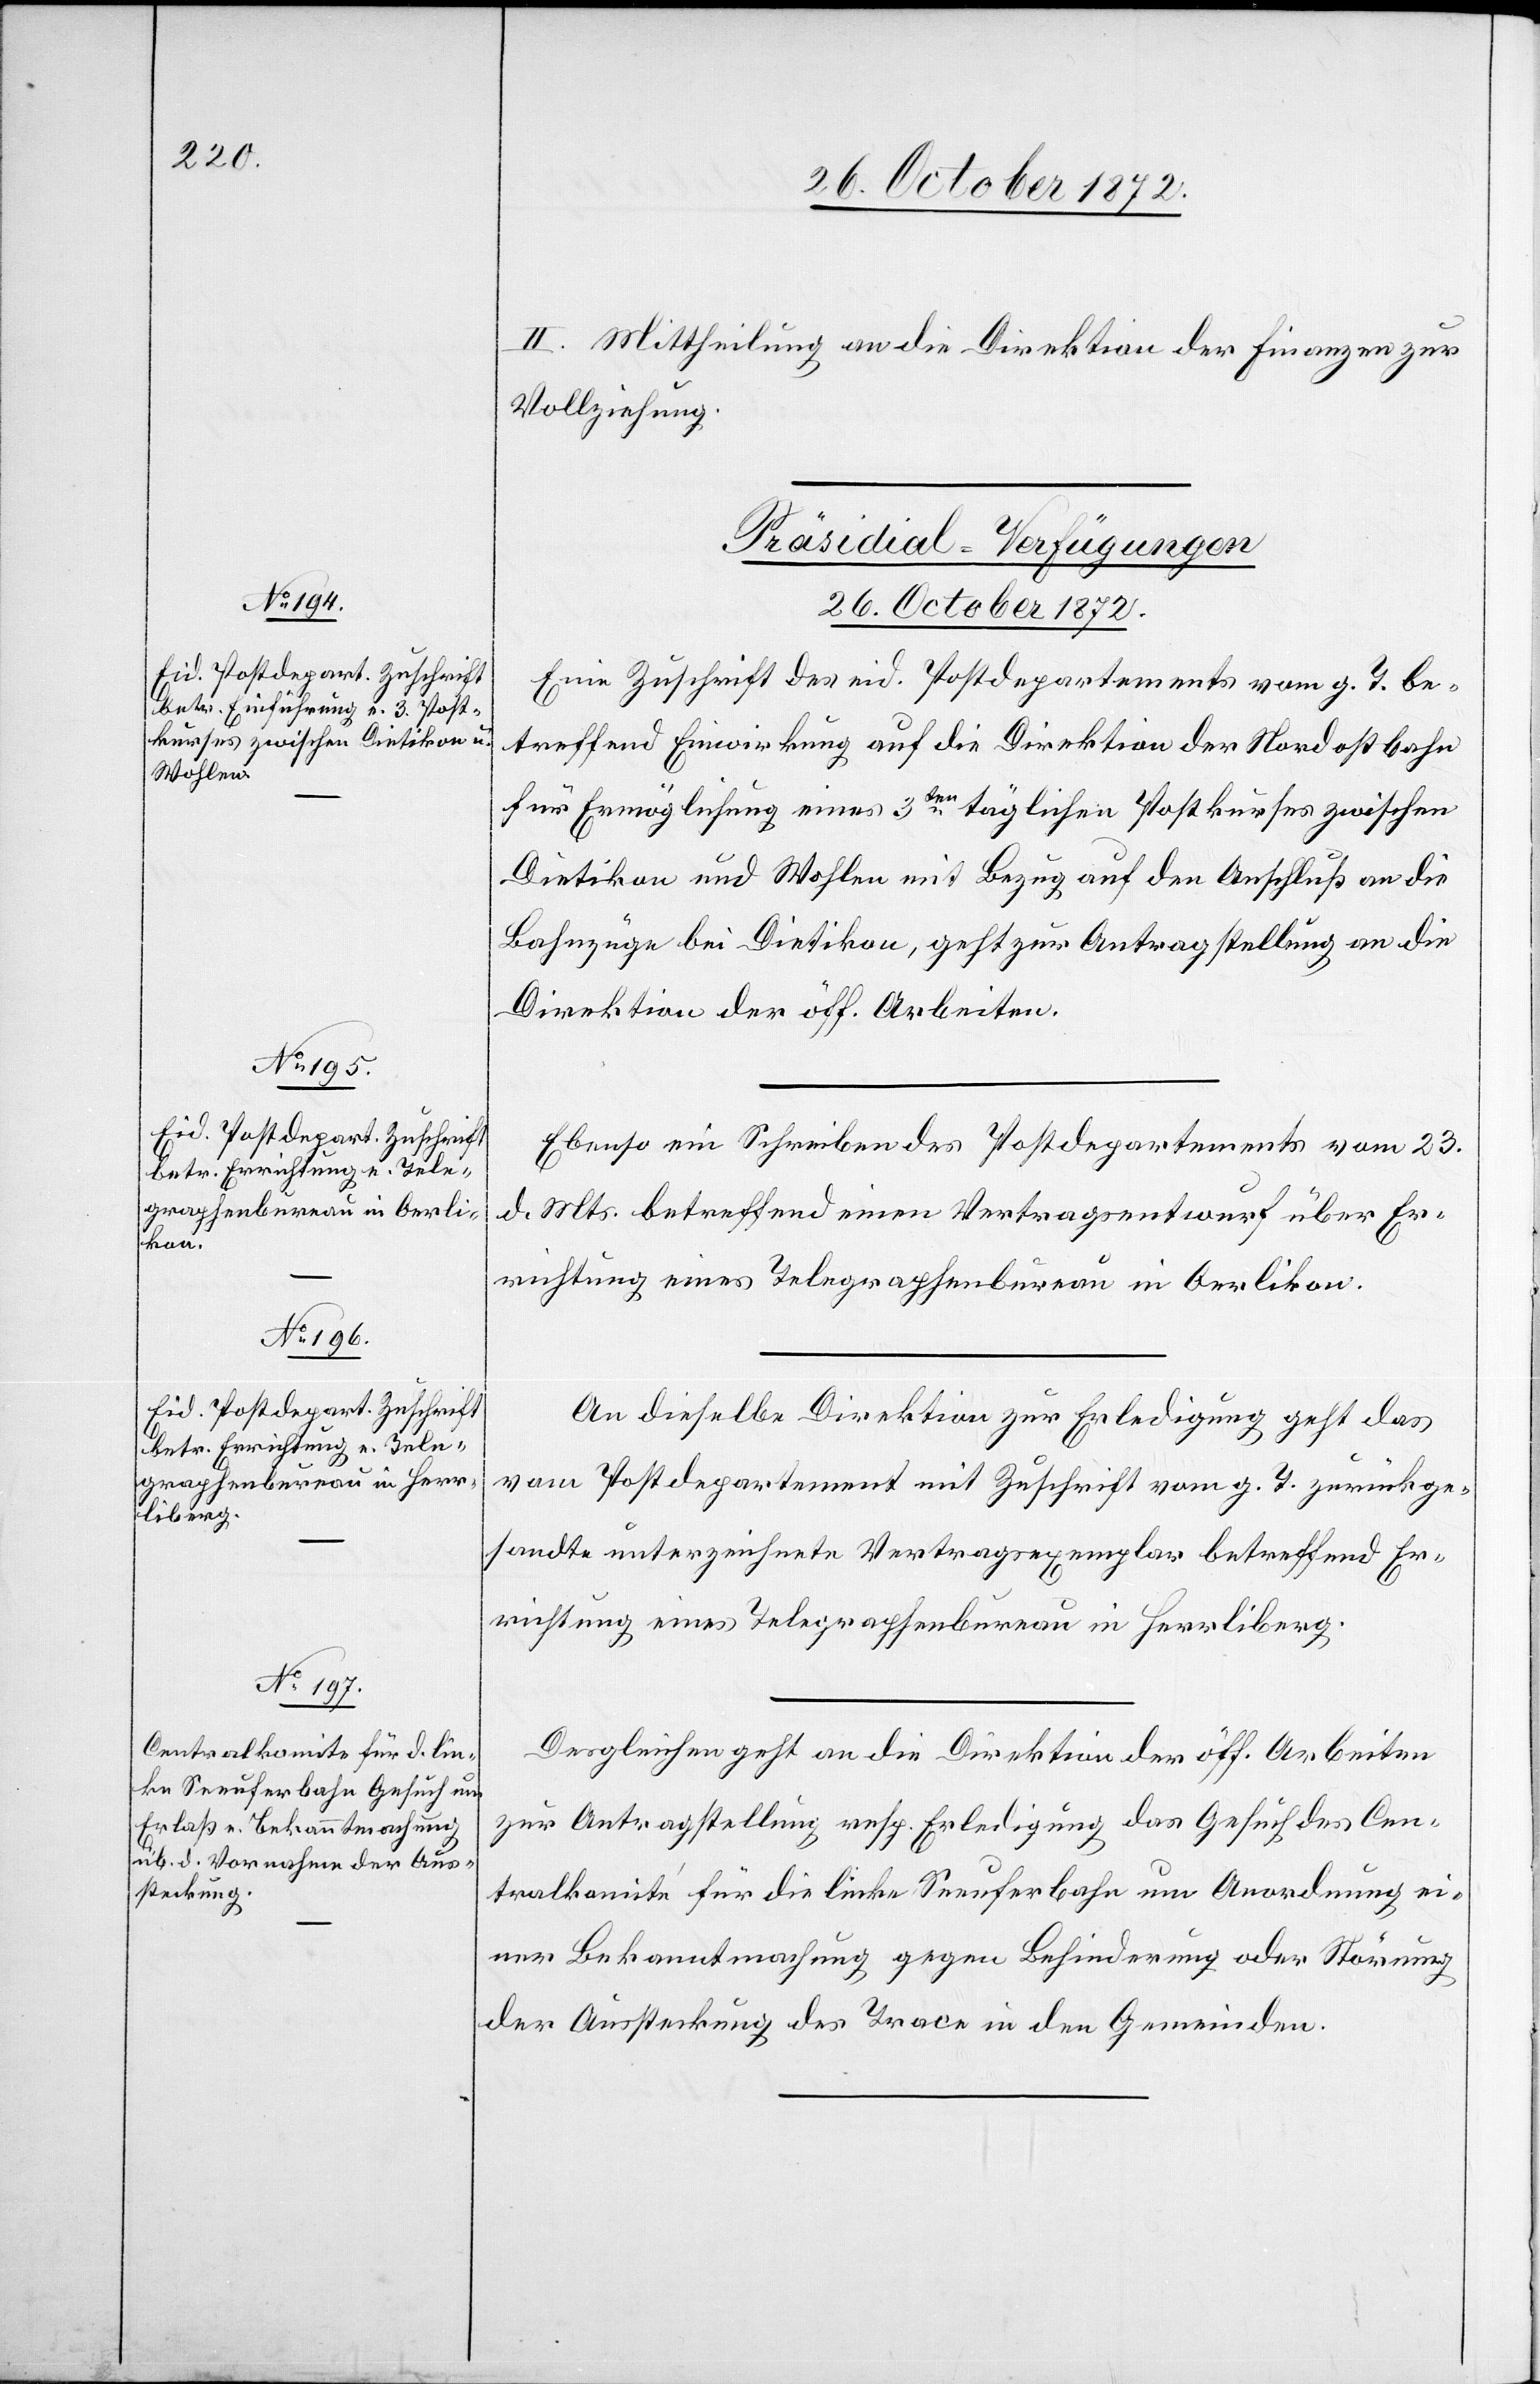
26. October 1872.]
[Präsidial-Verfügungen
26. October 1872.
Eine Zuschrift des eid. Postdepartements vom g. T. be¬
treffend Einwirkung auf die Direktion der Nordostbahn
für Ermöglichung eines 3ten täglichen Postkurses zwischen
Dietikon und Wohlen mit Bezug auf den Anschluß an die
Bahnzüge bei Dietikon, geht zur Antragstellung an die
Direktion der öff. Arbeiten.
Ebenso ein Schreiben des Postdepartements vom 23.
d. Mts. betreffend einen Vertragsentwurf über Er¬
richtung eines Telegraphenbureau in Oerlikon.
An dieselbe Direktion zur Erledigung geht das
vom Postdepartement mit Zuschrift vom g. T., zurückge¬
sandte unterzeichnete Vertragsexemplar betreffend Er¬
richtung eines Telegraphenbureau in Herrliberg.
Desgleichen geht an die Direktion der öff. Arbeiten
zur Antragstellung resp. Erledigung das Gesuch des Cen¬
tralkomité für die linke Seeuferbahn um Anordnung ei¬
ner Bekanntmachung gegen Behinderung oder Störung
der Aussteckung des Trace in den Gemeinden.